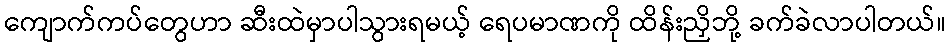
ကျောက်ကပ်တွေဟာ ဆီးထဲမှာပါသွားရမယ့် ရေပမာဏကို ထိန်းညှိဘို့ ခက်ခဲလာပါတယ်။